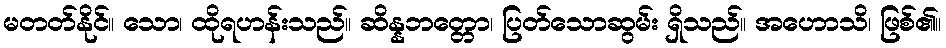
မတတ်နိုင်။ သော၊ ထိုရဟန်းသည်။ ဆိန္နဘတ္တော၊ ပြတ်သောဆွမ်း ရှိသည်။ အဟောသိ၊ ဖြစ်၏။